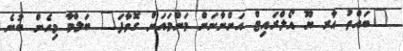
"ބައްތު އާރ ޔޫ އޯލްރައިޓް އަންނާނަން މަންމައަށް ގޮވާފަ" ބަލްމާ މިހެން ބުނެ